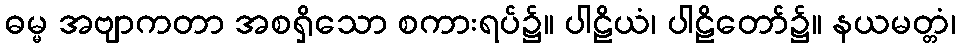
ဓမ္မ အဗျာကတာ အစရှိသော စကားရပ်၌။ ပါဠိယံ၊ ပါဠိတော်၌။ နယမတ္တံ၊